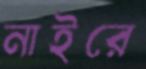
নাইরে